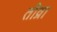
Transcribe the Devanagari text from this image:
तीव्रा